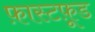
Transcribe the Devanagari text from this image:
फ़ास्टफ़ूड